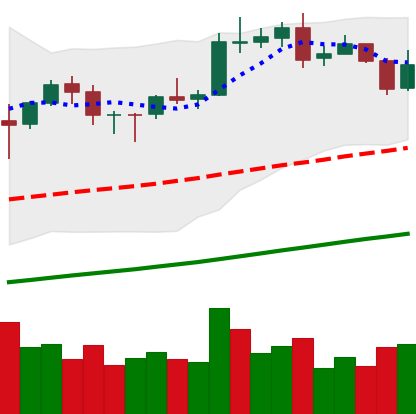
Ticker: BNB-USD
Chart end date: 2020-10-21
Forward return: 4.643%
Label: up_3_5